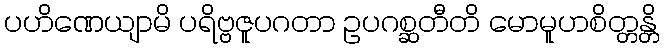
ပဟိဏေယျာမိ ပရိဗ္ဗဇူပဂတာ ဥပဂစ္ဆတီတိ မောမူဟစိတ္တန္တိ